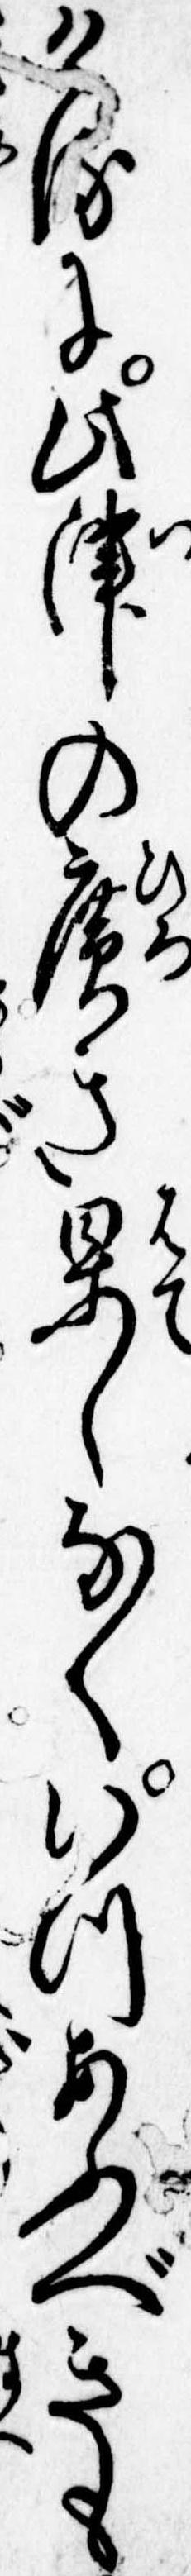
けるに此津の広き果しなくいつあふべきも